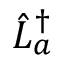
\hat { L } _ { a } ^ { \dag }